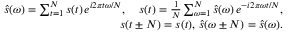
\begin{array} { r l r } & { } & { \hat { s } ( \omega ) = \sum _ { t = 1 } ^ { N } s ( t ) \, e ^ { i 2 \pi t \omega / N } , \quad s ( t ) = \frac { 1 } { N } \sum _ { \omega = 1 } ^ { N } \hat { s } ( \omega ) \, e ^ { - i 2 \pi \omega t / N } , } \\ & { } & { s ( t \pm N ) = s ( t ) , \, \hat { s } ( \omega \pm N ) = \hat { s } ( \omega ) . } \end{array}